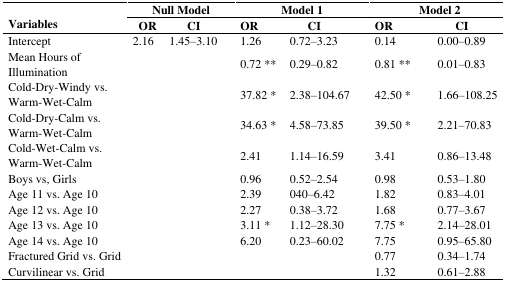
<table><thead><tr><td rowspan="2"><b>Variables</b></td><td colspan="2"><b>Null Model</b></td><td colspan="2"><b>Model 1</b></td><td colspan="2"><b>Model 2</b></td></tr><tr><td><b>OR</b></td><td><b>CI</b></td><td><b>OR</b></td><td><b>CI</b></td><td><b>OR</b></td><td><b>CI</b></td></tr></thead><tbody><tr><td>Intercept</td><td>2.16</td><td>1.45–3.10</td><td>1.26</td><td>0.72–3.23</td><td>0.14</td><td>0.00–0.89</td></tr><tr><td>Mean Hours of Illumination</td><td></td><td></td><td>0.72 **</td><td>0.29–0.82</td><td>0.81 **</td><td>0.01–0.83</td></tr><tr><td>Cold-Dry-Windy vs. Warm-Wet-Calm</td><td></td><td></td><td>37.82 *</td><td>2.38–104.67</td><td>42.50 *</td><td>1.66–108.25</td></tr><tr><td>Cold-Dry-Calm vs. Warm-Wet-Calm</td><td></td><td></td><td>34.63 *</td><td>4.58–73.85</td><td>39.50 *</td><td>2.21–70.83</td></tr><tr><td>Cold-Wet-Calm vs. Warm-Wet-Calm</td><td></td><td></td><td>2.41</td><td>1.14–16.59</td><td>3.41</td><td>0.86–13.48</td></tr><tr><td>Boys vs, Girls</td><td></td><td></td><td>0.96</td><td>0.52–2.54</td><td>0.98</td><td>0.53–1.80</td></tr><tr><td>Age 11 vs. Age 10</td><td></td><td></td><td>2.39</td><td>040–6.42</td><td>1.82</td><td>0.83–4.01</td></tr><tr><td>Age 12 vs. Age 10</td><td></td><td></td><td>2.27</td><td>0.38–3.72</td><td>1.68</td><td>0.77–3.67</td></tr><tr><td>Age 13 vs. Age 10</td><td></td><td></td><td>3.11 *</td><td>1.12–28.30</td><td>7.75 *</td><td>2.14–28.01</td></tr><tr><td>Age 14 vs. Age 10</td><td></td><td></td><td>6.20</td><td>0.23–60.02</td><td>7.75</td><td>0.95–65.80</td></tr><tr><td>Fractured Grid vs. Grid</td><td></td><td></td><td></td><td></td><td>0.77</td><td>0.34–1.74</td></tr><tr><td>Curvilinear vs. Grid</td><td></td><td></td><td></td><td></td><td>1.32</td><td>0.61–2.88</td></tr></tbody></table>